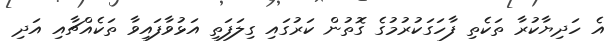
އެ ހަދިޔާކުރާ ތަކެތި ފާހަގަކުރުމުގެ ގޮތުން ކަރުގައި ގިލަފަތި އަޅުވާފައިވާ ތަކެއްޗާއި އަދި